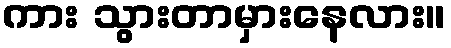
ကား သွားတာမှားနေလား။